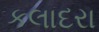
કલાદરા